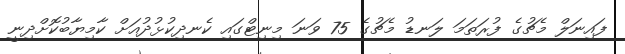
ފައިނަލް މެޗުގެ ފުރަތަމަ ލަނޑު މެޗުގެ 75 ވަނަ މިނިޓްގައި ކެނދިކުޅުދުއަށް ކާމިޔާބުކޮށްދިނީ